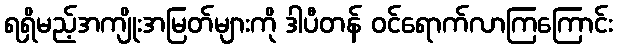
ရရှိမည့်အကျိုးအမြတ်များကို ဒါပီတန် ဝင်ရောက်လာကြကြောင်း